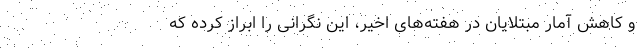
و کاهش آمار مبتلایان در هفته‌های اخیر، این نگرانی را ابراز کرده که